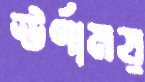
ঊর্ণাময়